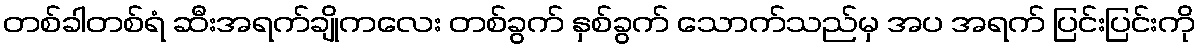
တစ်ခါတစ်ရံ ဆီးအရက်ချိုကလေး တစ်ခွက် နှစ်ခွက် သောက်သည်မှ အပ အရက် ပြင်းပြင်းကို